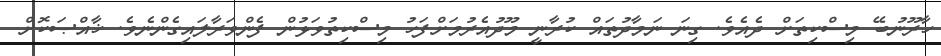
ހާރޫނުބޭ މިސްކިތަށް ދެއެވެ. ގިނަ ނަމާދުތައް ކުރާނީ މޫދުއެރުމަށްފަހު މިސްކިތުވަޅުން ފެންވަރާލައިގެންނެވެ. ޚާއްޞަކޮށް